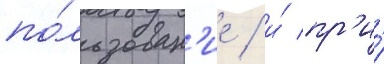
по́льзован'ие / и́ пр'и́